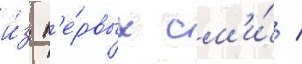
и́з п'е́рвых см'и́ /